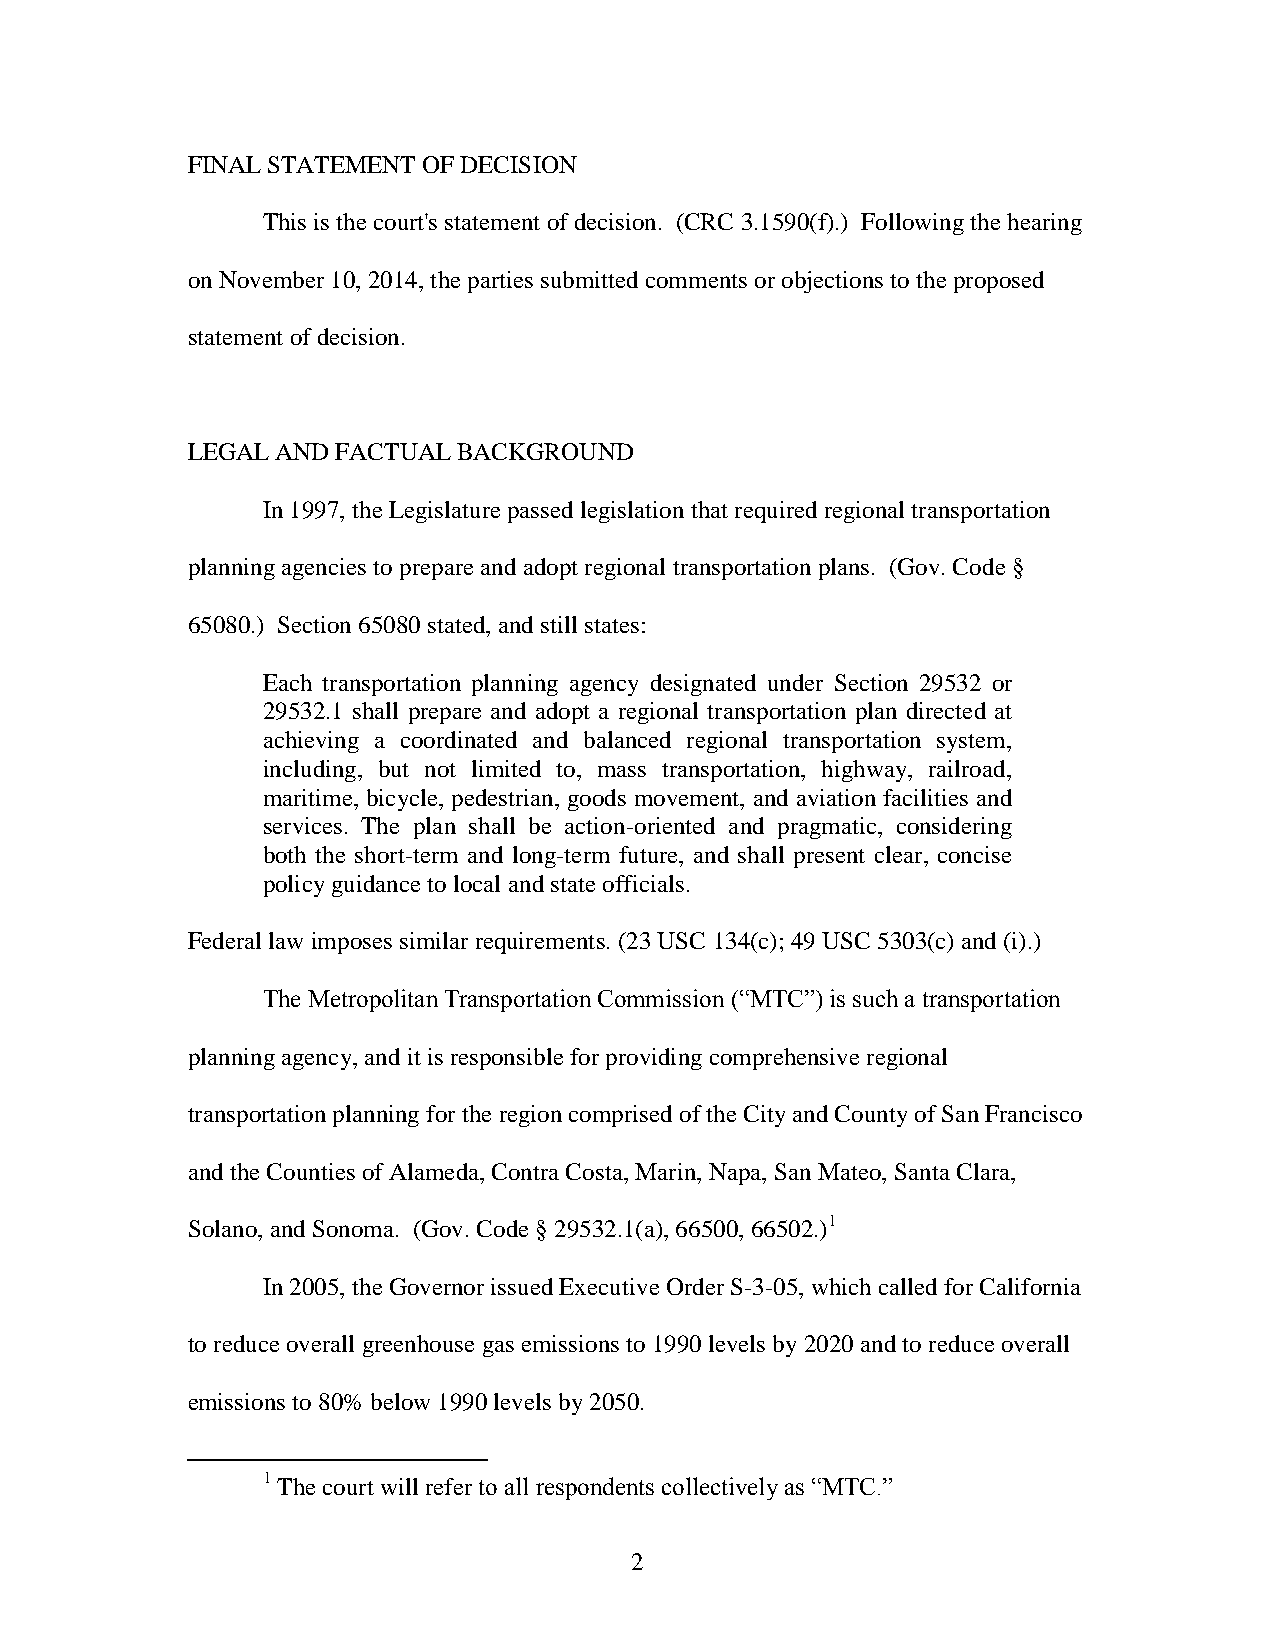
FINAL STATEMENT OF DECISION
 This is the court's statement of decision. (CRC 3.1590(f).) Following the hearing
 on November 10, 2014, the parties submitted comments or objections to the proposed
 statement of decision.
 LEGAL AND FACTUAL BACKGROUND
 In 1997, the Legislature passed legislation that required regional transportation
 planning agencies to prepare and adopt regional transportation plans. (Gov. Code §
 65080.) Section 65080 stated, and still states:
 Each transportation planning agency designated under Section 29532 or
 29532.1 shall prepare and adopt a regional transportation plan directed at
 achieving a coordinated and balanced regional transportation system,
 including, but not limited to, mass transportation, highway, railroad,
 maritime, bicycle, pedestrian, goods movement, and aviation facilities and
 services. The plan shall be action-oriented and pragmatic, considering
 both the short-term and long-term future, and shall present clear, concise
 policy guidance to local and state officials.
 Federal law imposes similar requirements. (23 USC 134(c); 49 USC 5303(c) and (i).)
 The Metropolitan Transportation Commission (“MTC”) is such a transportation
 planning agency, and it is responsible for providing comprehensive regional
 transportation planning for the region comprised of the City and County of San Francisco
 and the Counties of Alameda, Contra Costa, Marin, Napa, San Mateo, Santa Clara,
 Solano, and Sonoma. (Gov. Code § 29532.1(a), 66500, 66502.)1
 In 2005, the Governor issued Executive Order S-3-05, which called for California
 to reduce overall greenhouse gas emissions to 1990 levels by 2020 and to reduce overall
 emissions to 80% below 1990 levels by 2050.
 1 The court will refer to all respondents collectively as “MTC.”
 2